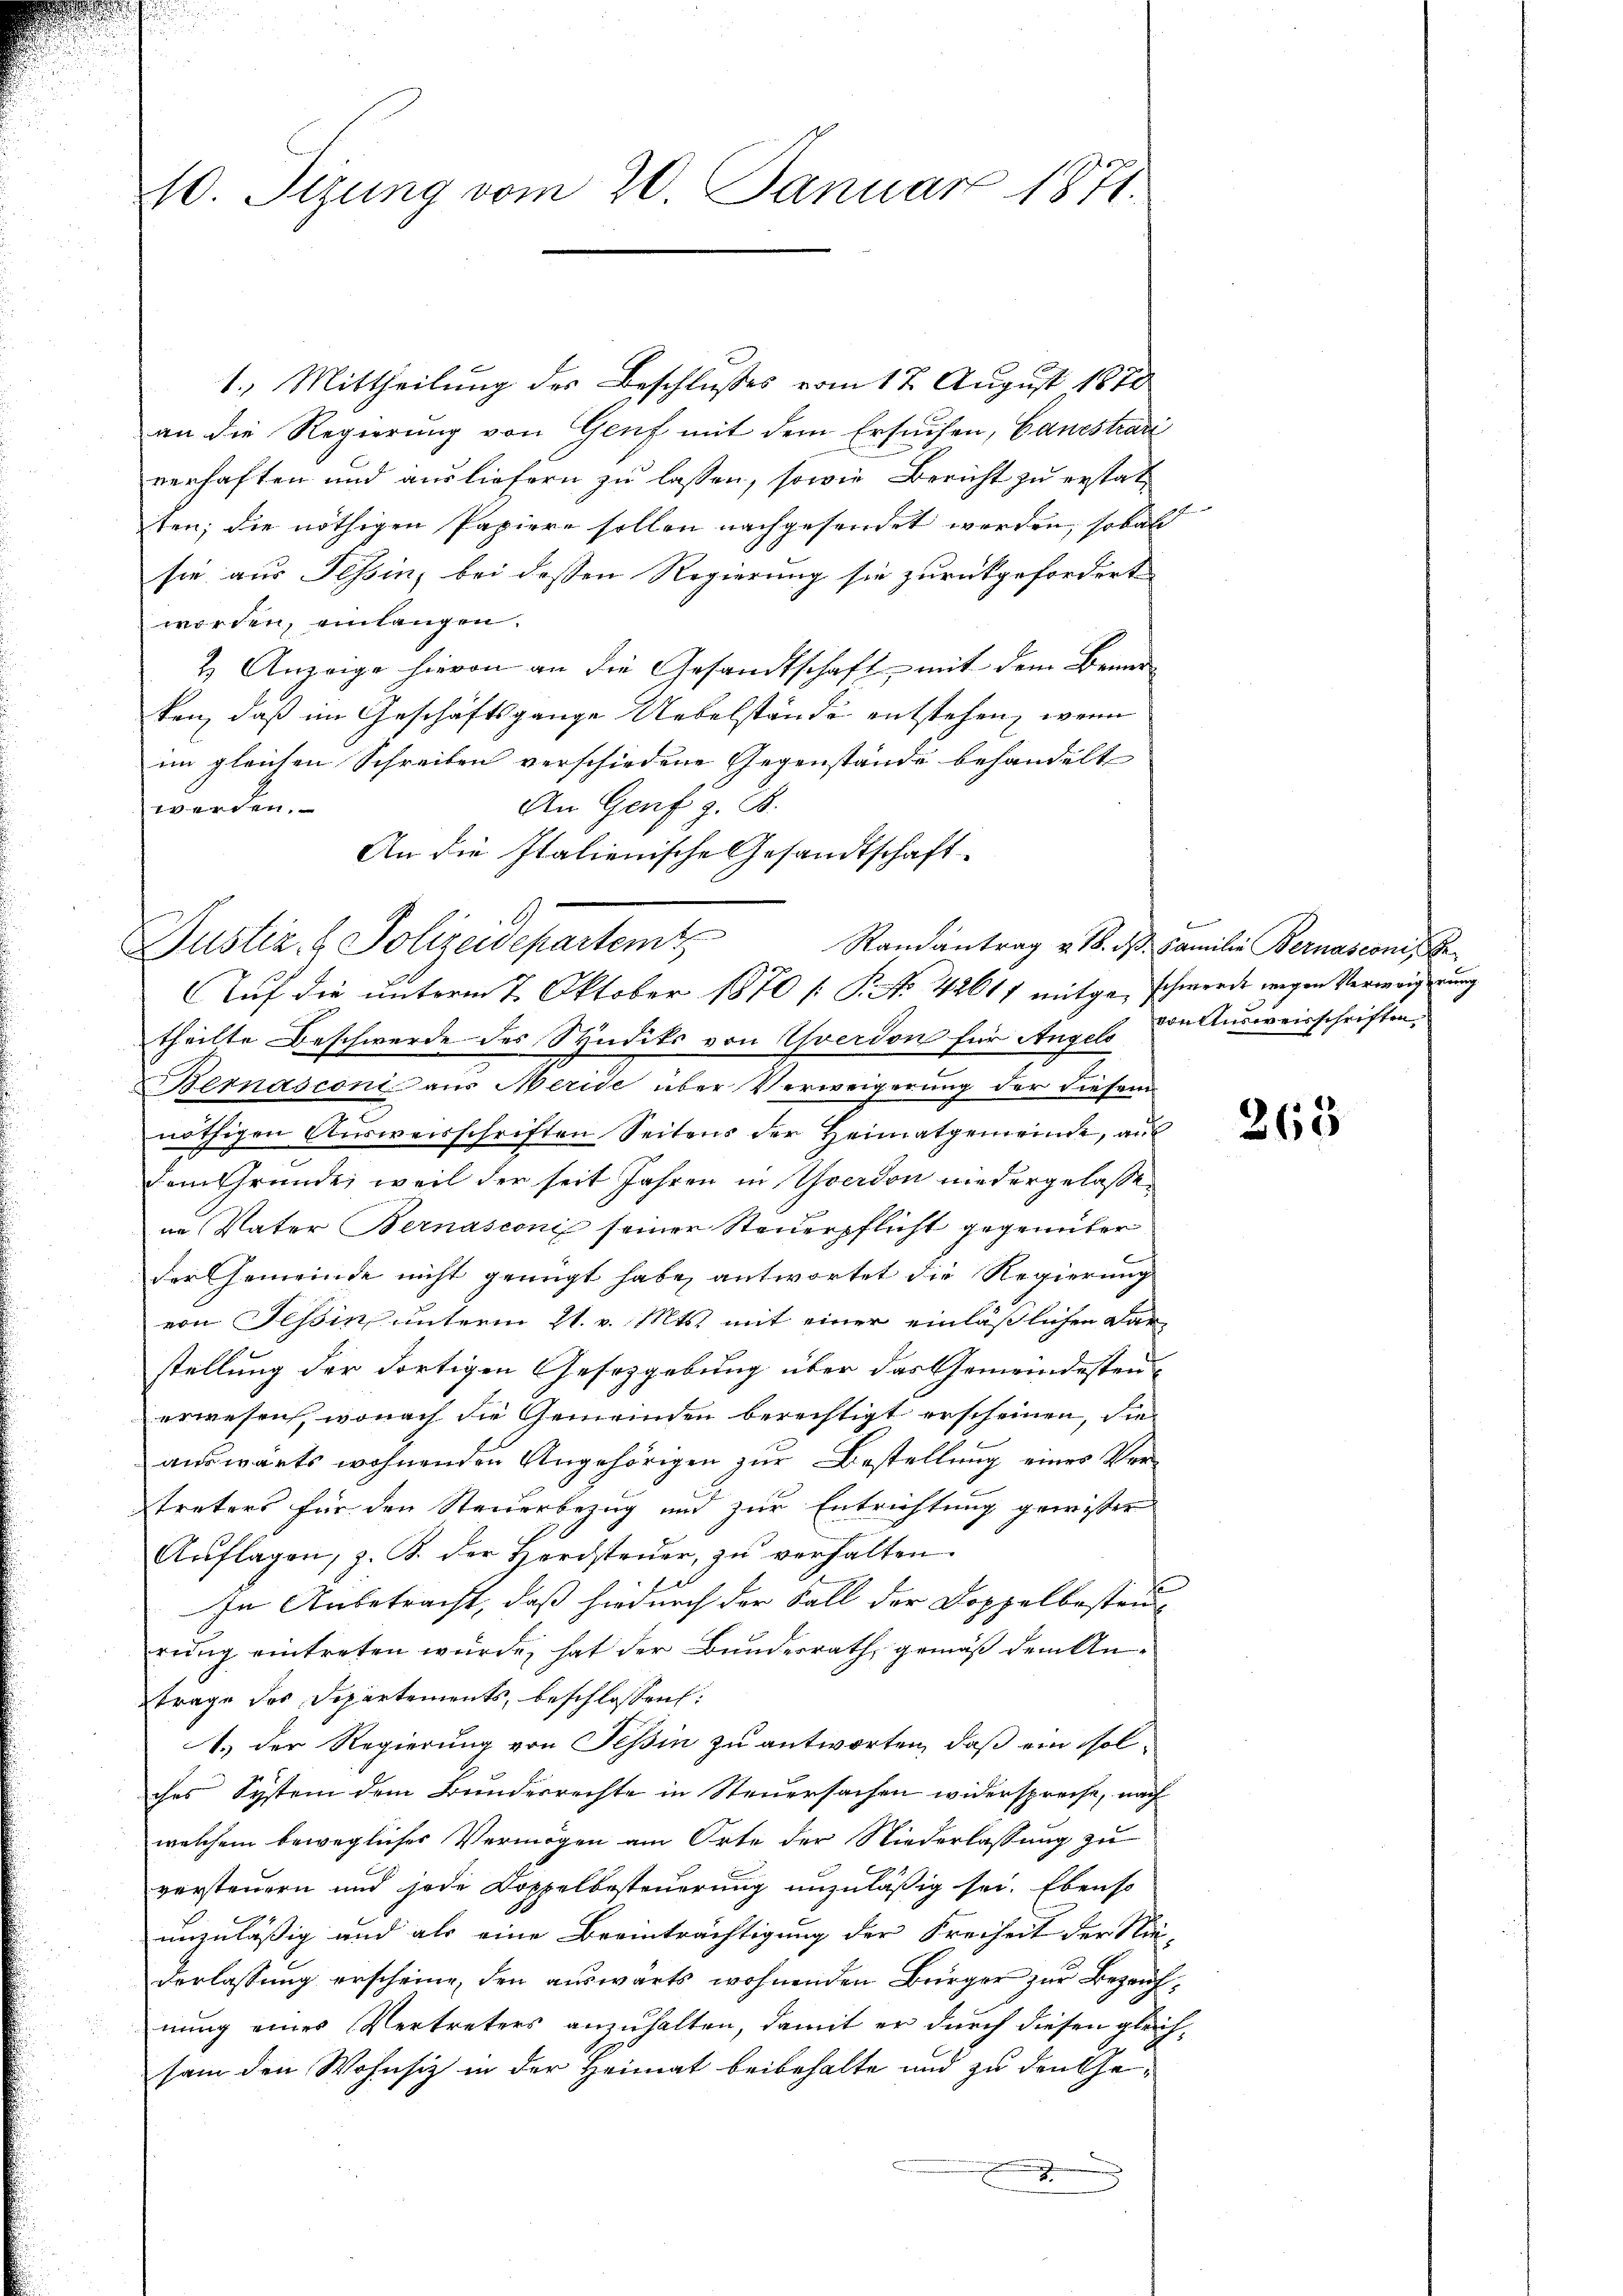
10. Sizung vom 20. Januar 1871.

Justiz- & Polizeidepartemt Randantrag v. 18. d. Camilie Bernasconi, E

1.) Mittheilung des Beschlußes vom 12. August 1870
an die Regierung von Genf mit dem Ersuchen, Bauestraz
verhaften und ausliefern zu lassen, sowie Bericht zu erstatten; die nöthigen Papiere sollen nachgesendet werden, sobald
sie aus Tessin, bei dessen Regierung sie zurückgefordert
worden, einlangen.
2 Anzeige hievon an die Gesandtschaft mit dem Bemerten, daß im Geschäftsgange Uebelstände entstehen, wenn
im gleichen Schreiben verschiedene Gegenstände behandelt
An Genf z. B.
11 erten,
An die Italienische Gesandtschaft.
Auf die unterm 7. Oktober 1870 /: P. Nr. 42617 mitgeschwerde wegen Verweigerung
theilte Beschwerde des Syndiks von Yverdon für Angels die Ausweisschriften,
Bemasconi aus Meride über Verweigerung der diesem
nöthigen Ausweisschriften Seitens der Heimatgemeinde, aus
dem Gründe, weil der seit Jahren in Yverdon niedergelassen
ne Vater Bernasconi seiner Steuerpflicht gegenüber
der Gemeinde nicht genügt habe, antwortet die Regierung
von Tessin unterm 21. v. Mts. mit einer einläßlichen Dar-
stellung der dortigen Gesetzgebung über das Gemeindesten-
erwesen, wonach die Gemeinden berechtigt erscheinen, die
auswärts wohnenden Angehörigen zur Bestellung eines Vertreters für den Steuerbezug und zur Entrichtung gewisser
Aŭflagen, z. B. der Hardsteŭer zŭ verhalten.
In Anbetracht, daß hiedurch der Fall der Doppelbesteu
rung eintreten würde, hat der Bundesrath, gemäß dem Antrage des Departements, beschlossen:
1.) Der Regierung von Teßin zu antworten, daß ein solches System dem Bundesrechte in Steuersachen widerspreche, nach
welchem bewegliches Vermögen am Orte der Niederlassung zu
versteuern und jede Doppelbesteuerung unzuläßig sei. Ebenso
unzuläßig und als eine Beeinträchtigung der Freiheit der Nie-
derlassung erscheine, den auswärts wohnenden Bürger zur Bezaufnung eines Vertreters anzuhalten, damit er durch diesen gleichsam den Wohnsiz in der Heimat beibehalte und zu den Ge¬
D
.

b

263